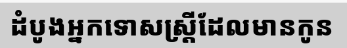
ដំបូងអ្នកទោសស្ត្រីដែលមានកូន